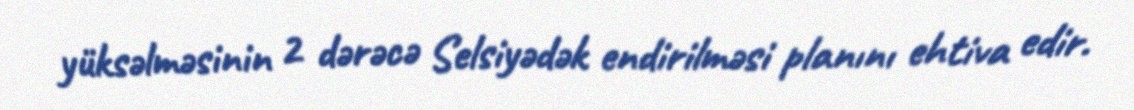
yüksəlməsinin 2 dərəcə Selsiyədək endirilməsi planını ehtiva edir.